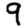
Digit: 9